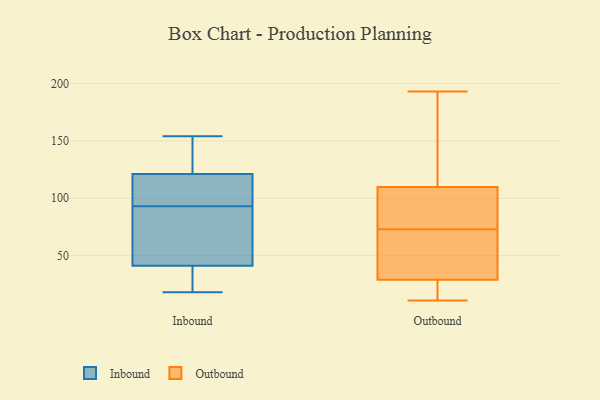
{"axis": {"x": "Inventory Turnover", "y": "Value"}, "legend": ["Inbound", "Outbound"], "data": [{"x": "", "y": 66, "type": "Inbound"}, {"x": "", "y": 115, "type": "Inbound"}, {"x": "", "y": 105, "type": "Inbound"}, {"x": "", "y": 141, "type": "Inbound"}, {"x": "", "y": 140, "type": "Inbound"}, {"x": "", "y": 82, "type": "Inbound"}, {"x": "", "y": 109, "type": "Inbound"}, {"x": "", "y": 42, "type": "Inbound"}, {"x": "", "y": 154, "type": "Inbound"}, {"x": "", "y": 18, "type": "Inbound"}, {"x": "", "y": 39, "type": "Inbound"}, {"x": "", "y": 19, "type": "Inbound"}, {"x": "", "y": 93, "type": "Inbound"}, {"x": "", "y": 122, "type": "Outbound"}, {"x": "", "y": 193, "type": "Outbound"}, {"x": "", "y": 90, "type": "Outbound"}, {"x": "", "y": 20, "type": "Outbound"}, {"x": "", "y": 112, "type": "Outbound"}, {"x": "", "y": 101, "type": "Outbound"}, {"x": "", "y": 56, "type": "Outbound"}, {"x": "", "y": 11, "type": "Outbound"}, {"x": "", "y": 103, "type": "Outbound"}, {"x": "", "y": 64, "type": "Outbound"}, {"x": "", "y": 11, "type": "Outbound"}, {"x": "", "y": 73, "type": "Outbound"}, {"x": "", "y": 62, "type": "Outbound"}, {"x": "", "y": 179, "type": "Outbound"}, {"x": "", "y": 19, "type": "Outbound"}]}